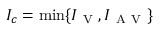
I _ { c } = \mathrm { m i n } \{ I _ { \mathrm { ~ V ~ } } , I _ { \mathrm { ~ A ~ V ~ } } \}